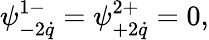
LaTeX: \psi_{-2\dot{q}}^{1-}=\psi_{+2\dot{q}}^{2+}=0,